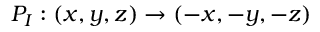
{ P _ { I } } : \left( { x , y , z } \right) \to \left( { - x , - y , - z } \right)